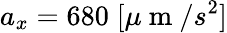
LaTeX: a_{x}=680\; [\mu\mathrm{~m~}/s^{2}]